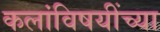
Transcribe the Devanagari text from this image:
कलांविषयींच्या